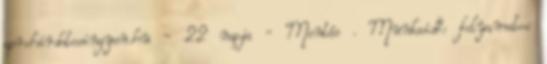
aprohirdetesingyen.hu - 22 napja - Mentés . Munkaidő: folyamatos